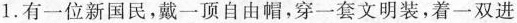
1.有一位新国民，戴一顶自由帽，穿一套文明装，着一双进